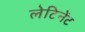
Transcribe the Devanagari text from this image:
लेटिनेंट